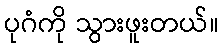
ပုဂံကို သွားဖူးတယ်။